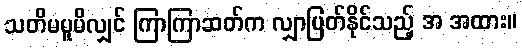
သတိမမူမိလျှင် ကြာကြာဆတ်က လျှာပြတ်နိုင်သည့် အ အထား။